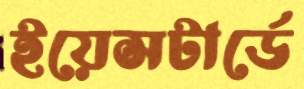
ইয়েসটার্ডে